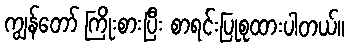
ကျွန်တော် ကြိုးစားပြီး စာရင်းပြုစုထားပါတယ်။